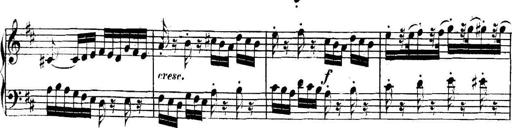
Title: Collected Piano Sonatas
Composer: Muzio Clementi